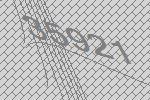
35921